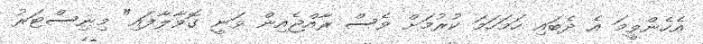
އެހެންވީމަ އެ ދެބައި ހަމަހަމަ ކުރުމަށް ވެސް ރާއްޖެއިން ވަނީ ގޮވާލާފައި" މިނިސްޓަރު